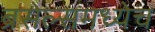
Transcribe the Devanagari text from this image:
ब्रसेल्समध्येच